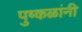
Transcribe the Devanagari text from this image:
पुष्कळांनी